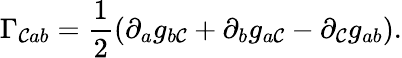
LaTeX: \Gamma_{\mathcal{C}ab}=\frac{1}{2}(\partial_{a}g_{b\mathcal{C}}+\partial_{b}g_{a\mathcal{C}}-\partial_{\mathcal{C}}g_{ab}).